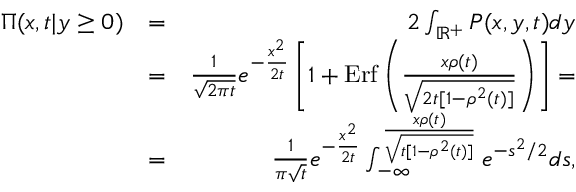
\begin{array} { r l r } { \Pi ( x , t | y \geq 0 ) } & { = } & { 2 \int _ { \mathbb { R } ^ { + } } P ( x , y , t ) d y } \\ & { = } & { \frac { 1 } { \sqrt { 2 \pi t } } e ^ { - \frac { x ^ { 2 } } { 2 t } } \left[ 1 + \mathrm { E r f } \left( \frac { x \rho ( t ) } { \sqrt { 2 t [ 1 - \rho ^ { 2 } ( t ) ] } } \right) \right] = } \\ & { = } & { \frac { 1 } { \pi \sqrt { t } } e ^ { - \frac { x ^ { 2 } } { 2 t } } \int _ { - \infty } ^ { \frac { x \rho ( t ) } { \sqrt { t [ 1 - \rho ^ { 2 } ( t ) ] } } } e ^ { - s ^ { 2 } / 2 } d s , } \end{array}